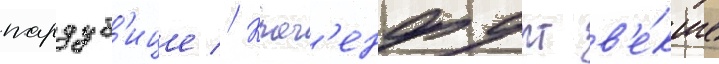
пардуб'ице // Клаг'енфурт в'е́кше